画像に写った文字を読んでください
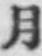
「月」と書いてあります